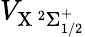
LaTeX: V_{\mathrm{X\, ^{2}\Sigma_{1/2}^{+}}}